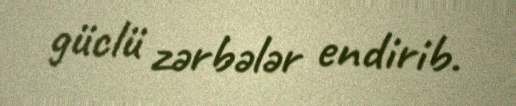
güclü zərbələr endirib.